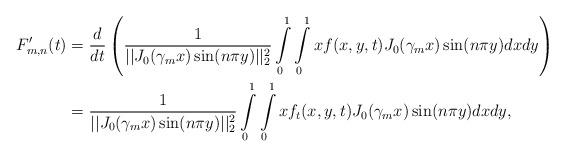
LaTeX: \begin{align*}F'_{m,n}(t) &= \frac{d}{dt} \left( \frac{1}{||J_0(\gamma_m x) \sin(n \pi y)||_2^2} \int\limits_0^1 \int\limits_0^1 x f(x,y,t) J_0(\gamma_m x) \sin(n \pi y) dx dy\right) \\&= \frac{1}{||J_0(\gamma_m x) \sin(n \pi y)||_2^2} \int\limits_0^1 \int\limits_0^1 x f_t(x,y,t) J_0(\gamma_m x) \sin(n \pi y) dx dy,\end{align*}